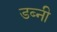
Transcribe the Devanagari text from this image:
डब्नी